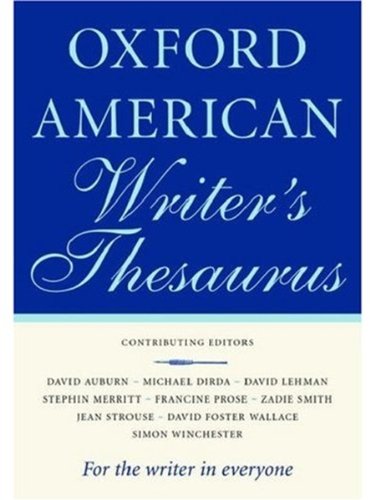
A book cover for The Oxford American Writer's Thesaurus; Reference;